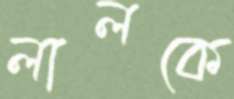
লালকে